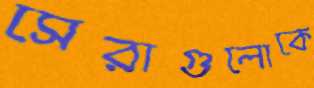
সেরাগুলোকে